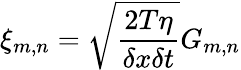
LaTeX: \xi_{m,n}=\sqrt{\frac{2T\eta}{\delta x\delta t}}G_{m,n}